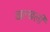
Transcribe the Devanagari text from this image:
खल्खली